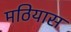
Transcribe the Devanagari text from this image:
मठियास